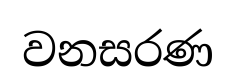
වනසරණ